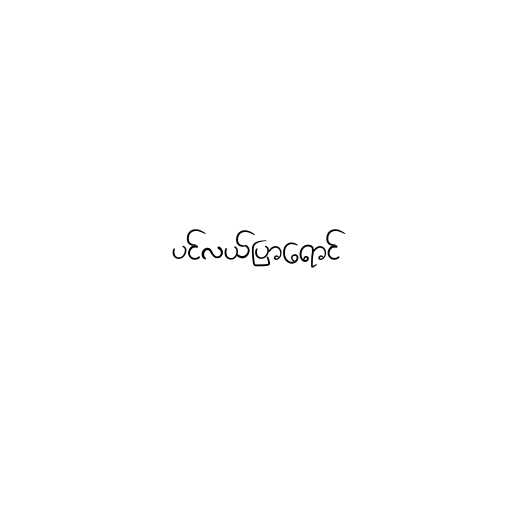
ပင်လယ်ပြာရောင်